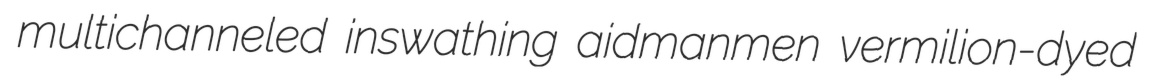
multichanneled inswathing aidmanmen vermilion-dyed